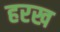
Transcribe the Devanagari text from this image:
हरख